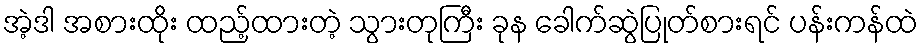
အဲ့ဒါ အစားထိုး ထည့်ထားတဲ့ သွားတုကြီး ခုန ခေါက်ဆွဲပြုတ်စားရင် ပန်းကန်ထဲ